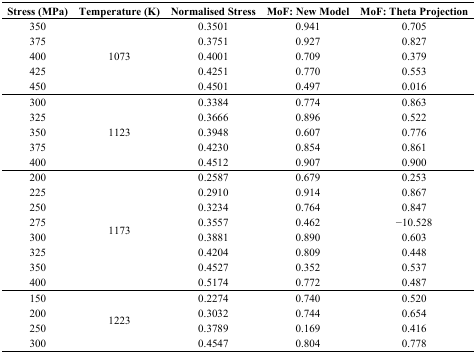
| Stress (MPa) | Temperature (K) | Normalised Stress | MoF: New Model | MoF: Theta Projection |
 | --- | --- | --- | --- | --- |
 | 350 | <ROWSPAN=5> 1073 | 0.3501 | 0.941 | 0.705 |
 | 375 | 0.3751 | 0.927 | 0.827 |
 | 400 | 0.4001 | 0.709 | 0.379 |
 | 425 | 0.4251 | 0.770 | 0.553 |
 | 450 | 0.4501 | 0.497 | 0.016 |
 | 300 | <ROWSPAN=5> 1123 | 0.3384 | 0.774 | 0.863 |
 | 325 | 0.3666 | 0.896 | 0.522 |
 | 350 | 0.3948 | 0.607 | 0.776 |
 | 375 | 0.4230 | 0.854 | 0.861 |
 | 400 | 0.4512 | 0.907 | 0.900 |
 | 200 | <ROWSPAN=8> 1173 | 0.2587 | 0.679 | 0.253 |
 | 225 | 0.2910 | 0.914 | 0.867 |
 | 250 | 0.3234 | 0.764 | 0.847 |
 | 275 | 0.3557 | 0.462 | −10.528 |
 | 300 | 0.3881 | 0.890 | 0.603 |
 | 325 | 0.4204 | 0.809 | 0.448 |
 | 350 | 0.4527 | 0.352 | 0.537 |
 | 400 | 0.5174 | 0.772 | 0.487 |
 | 150 | <ROWSPAN=4> 1223 | 0.2274 | 0.740 | 0.520 |
 | 200 | 0.3032 | 0.744 | 0.654 |
 | 250 | 0.3789 | 0.169 | 0.416 |
 | 300 | 0.4547 | 0.804 | 0.778 |